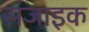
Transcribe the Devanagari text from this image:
संजाइक